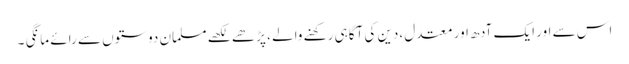
اس سے اور ایک آدھ اور معتدل ،دین کی آگاہی رکھنے والے ، پڑھے لکھے مسلمان دوستوں سے رائے مانگی ۔